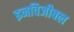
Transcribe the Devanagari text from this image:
इनविजीबल